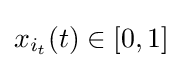
x_{i_{t}}(t)\in [0,1]